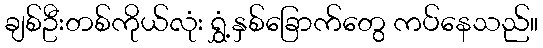
ချစ်ဦးတစ်ကိုယ်လုံး ရွှံ့နှစ်ခြောက်တွေ ကပ်နေသည်။